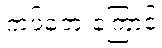
ကပ်ဘေးကြောင့်